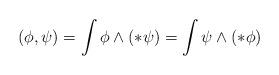
LaTeX: \begin{align*}(\phi,\psi) = \int \phi \wedge (*\psi) = \int \psi \wedge (*\phi)\end{align*}